Report of the Municipal Commissioner on the plague in Bombay for the year ending 31st May... - Volume 3
Disease focus: Plague
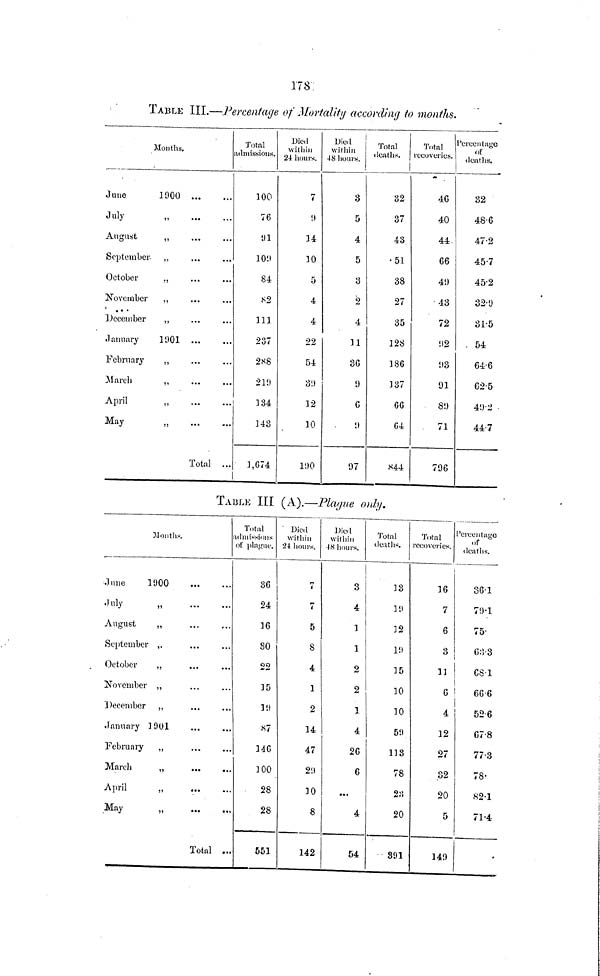
178
TABLE III.—Percentage of Mortality according to months.
Months.
June
1900
July
„
August
„
September- ,,
October
.,
November
,,
December
,,
January
1901
February
„
March
,,
April
,,
May
„
Total ...
Total
admissions.
100
76
9l
109
84
82
111
237
288
219
334
343
1,674
Died
within
24 hours.
7
9
14
10
5
4
4
22
54
39
12
10
190
(
Died
within
48 hours.
3
5
4
5
3
2
4
11
36
9
6
9
97
Total
deaths.
32
37
43
51
38
27
35
128
186
137
66
64
S44
Total
recoveries.
46
40
44
66
49
43
72
92
93
91
89
71
796
Percentage
of
deaths.
32
48.6
47.2
45.7
45.2
32.9
31.5
. 54
64.6
62.5
49.2
44.7
TABLE III (A).—Playue only.
Months.
a
(
June
1900
July
»
August
„
September ,.
October
,,
November „
December ,,
.January 1901
February
,,
March
„
April
,,
...
May
„
Total ...
Total
admissions
of plague.
36
24
36
3O
22
35
19
87
146
100
28
28
551
Died
within
24 hours.
7>
4
7*
5
8
4
1
2
14
47
29
30
8
142
Died
within
4.8 hours.
3
4
3
1
2
2
3
4
26
6
...
4
54
Total
deaths.
33
19
32
19
35
30
30
59
113
78
23
20
891
Total
recoveries.
16
7
6
3
11
6
4
12
27
32
20
5
149
Percentage
of
deaths.
36.1
79.1
75'
6.3.
68.1
66.6
52.6
67.8
77.3
78
82.1
71.4